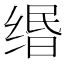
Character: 缗